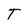
Character: T